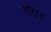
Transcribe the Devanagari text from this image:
गोक्षरु